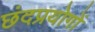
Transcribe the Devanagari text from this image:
छंदप्रयोगों